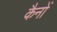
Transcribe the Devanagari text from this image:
कैनों